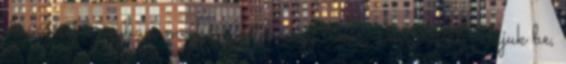
elvégzését nagyban megkönnyítené egy tükör, ami, azért valljuk be,